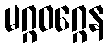
မဂ္ဂဝဂ္ဂေန